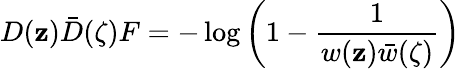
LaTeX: D(\mathbf{z})\bar{{D}}(\zeta)F=-\log\left(1-\frac{1}{{w(\mathbf{z})\bar{{w}}(\zeta)}}\right)